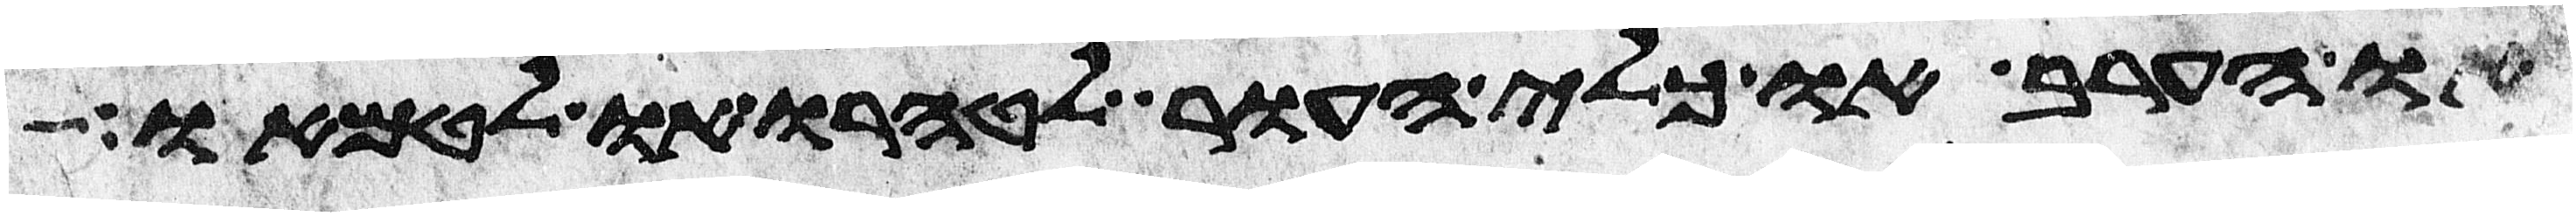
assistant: או הערב או כל כלי העור לטהרו או לטמאו